Insane asylums in Bengal annual reports 1867-1875 - 1867-1875
Year: 1867
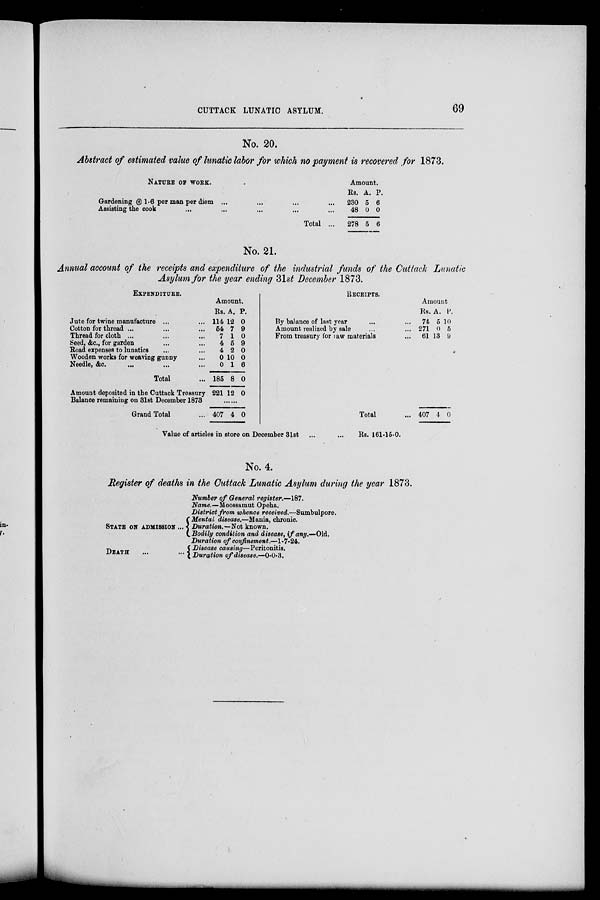
CUTTACK LUNATIC ASYLUM.
69
No. 20.
Abstract of estimated value of lunatic labor for which no payment is recovered for 1873.
NATURE OF WORK.
Gardening @ 1.6 per man per diem ... ... ... ...
Assisting the cook ... ... ... ... ...
Total ...
Amount.
Rs.
230
48
278
A.
5
0
5
P.
6
0
6
No. 21.
Annual account of the receipts and expenditure of the industrial funds of the Cuttack Lunatic
Asylum for the year ending 31st December 1873.
EXPENDITURE.
Jute for twine manufacture ... ...
Cotton for thread ... ... ...
Thread for cloth ... ... ...
Seed, &c., for garden ... ...
Road expenses to lunatics ... ...
Wooden works for weaving gunny ...
Needle, &c ... ... ...
Total ...
Amount deposited in the Guttack Treasury
Balance remaining on 31st December 1873
Grand Total ...
Amount.
Rs.
114
54
7
4
4
0
0
185
221
A.
12
7
1
5
2
10
1
8
12
P.
0
9
0
9
0
0
6
0
0
..........
407 4 0
RECEIPTS.
By balance of last year ... ...
Amount realized by sale ... ...
From treasury for raw materials ...
Total ...
Amount
Rs.
74
271
61
407
A.
5
0
13
4
P.
10
5
9
0
Value of articles in store on December 31st ... ...
Rs. 161-15-0.
No. 4.
Register of deaths in the Cuttack Lunatic Asylum during the year 1873.
STATE ON ADMISSION ...
DEATH
...
...
Number of General register.—187.
Name.—Moossamut Opeha.
District from whence received.—Sumbulpore.
Mental disease.—Mania, chronic.
Duration.–Not known.
Bodily condition and disease, if any.—Old.
Duration of confinement.—1-7-24.
Disease causing—Peritonitis.
Duration of disease.—0-0-3.